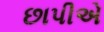
છાપીએ